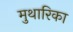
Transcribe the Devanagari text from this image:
मुथारिका